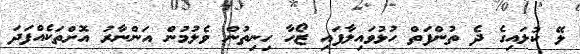
ލޭ ކުލައިގެ ދެ ތުންފަތް ހުޅުވައިލާފައި ޒޯހާ ހިނިތުން ވެލުމުން އަންނާރު އޮށްތަކެއްފަދަ